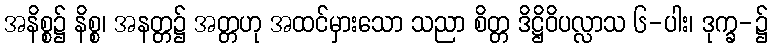
အနိစ္စ၌ နိစ္စ၊ အနတ္တ၌ အတ္တဟု အထင်မှားသော သညာ စိတ္တ ဒိဋ္ဌိဝိပလ္လာသ ၆-ပါး၊ ဒုက္ခ-၌